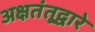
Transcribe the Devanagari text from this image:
अक्षतंतूद्वारे